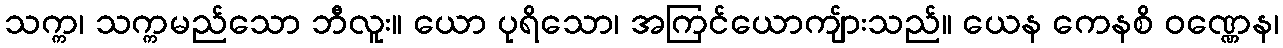
သက္က၊ သက္ကမည်သော ဘီလူး။ ယော ပုရိသော၊ အကြင်ယောကျ်ားသည်။ ယေန ကေနစိ ဝဏ္ဏေန၊